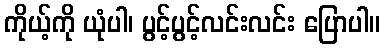
ကိုယ့်ကို ယုံပါ၊ ပွင့်ပွင့်လင်းလင်း ပြောပါ။